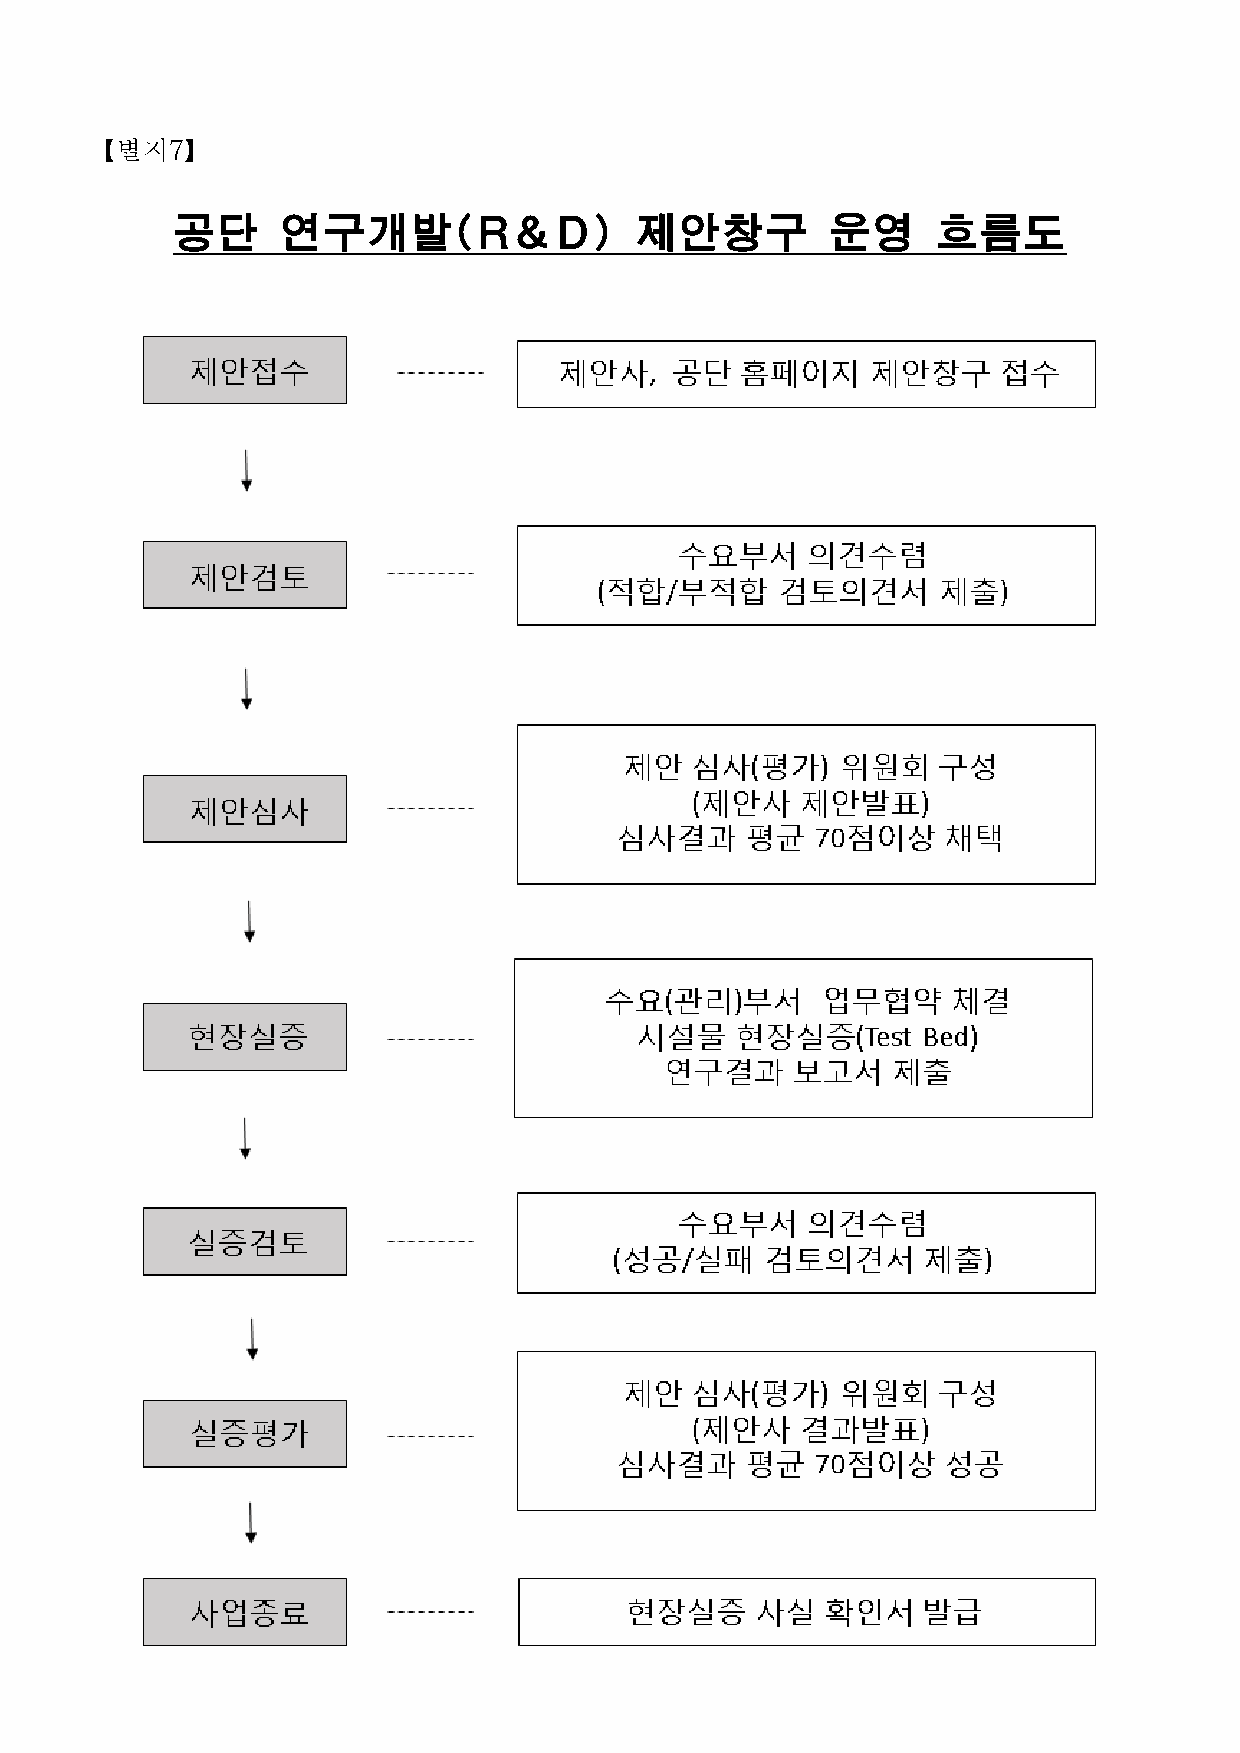
【별지7】
 공단      연구개발(R&D)              제안창구         운영     흐름도